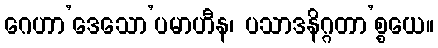
ဂေဟာ’ဒေသော’ပမာဟီန၊ ပသာဒနိဂ္ဂတာ’စ္စယေ။